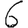
Digit: 6